Some observations on the poison of the banded krait (Bungarus fasciatus) - Number 7
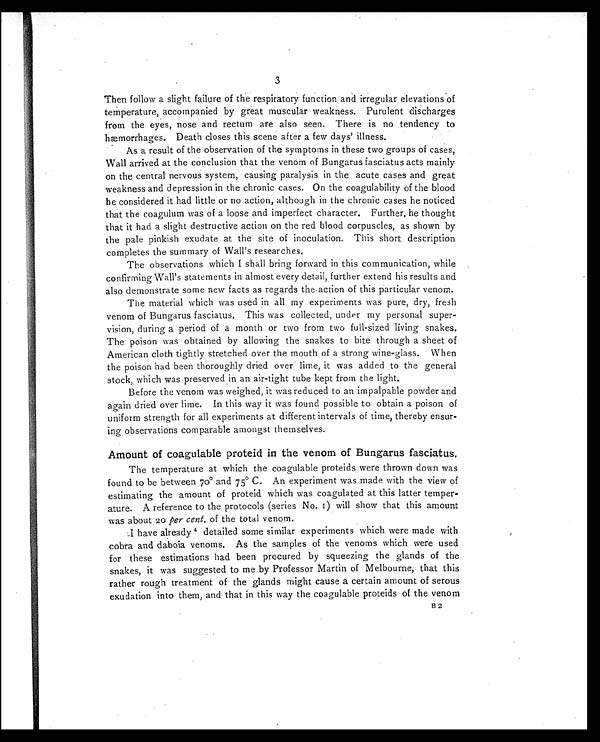
3
Then follow a slight failure of the respiratory function and irregular elevations of
temperature, accompanied by great muscular weakness. Purulent discharges
from the eyes, nose and rectum are also seen. There is no tendency to
hæmorrhages. Death closes this scene after a few days' illness.
As a result of the observation of the symptoms in these two groups of cases,
Wall arrived at the conclusion that the venom of Bungarus fasciatus acts mainly
on the central nervous system, causing paralysis in the acute cases and great
weakness and depression in the chronic cases. On the coagulability of the blood
he considered it had little or no action, although in the chronic cases he noticed
that the coagulum was of a loose and imperfect character. Further, he thought
that it had a slight destructive action on the red blood corpuscles, as shown by
the pale pinkish exudate at the site of inoculation. This short description
completes the summary of Wall's researches.
The observations which I shall bring forward in this communication, while
confirming Wall's statements in almost every detail, further extend his results and
also demonstrate some new facts as regards the action of this particular venom.
The material which was used in all my experiments was pure, dry, fresh
venom of Bungarus fasciatus. This was collected, under my personal super-
vision, during a period of a month or two from two full-sized living snakes.
The poison was obtained by allowing the snakes to bite through a sheet of
American cloth tightly stretched over the mouth of a strong wine-glass. When
the poison had been thoroughly dried over lime, it was added to the general
stock, which was preserved in an air-tight tube kept from the light.
Before the venom was weighed, it was reduced to an impalpable powder and
again dried over lime. In this way it was found possible to obtain a poison of
uniform strength for all experiments at different intervals of time, thereby ensur-
ing observations comparable amongst themselves.
Amount of coagulable proteid in the venom of Bungarus fasciatus.
The temperature at which the coagulable proteids were thrown down was
found to be between 7o° and 75° C. An experiment was made with the view of
estimating the amount of proteid which was coagulated at this latter temper-
ature. A reference to the protocols (series No. 1) will show that this amount
was about 20 per cent, of the total venom.
I have al ready 4 det ai l ed some si mi l are x p e r i m e n t s w h i c h w e r e m a d e w i t h
cobra and daboia venoms. As the samples of the venoms which were used
for these estimations had been procured by squeezing the glands of the
snakes, it was suggested to me by Professor Martin of Melbourne, that this
rather rough treatment of the glands might cause a certain amount of serous
exudation into them, and that in this way the coagulable proteids of the venom
B2